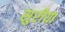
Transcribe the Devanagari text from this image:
सुरीया